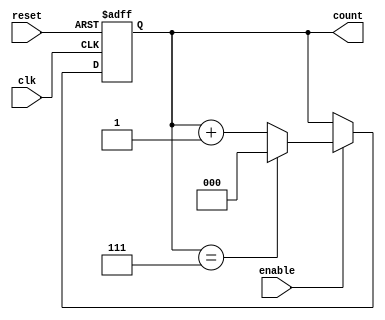
module binary_up_counter #(
    parameter N = 3  // Number of bits for the counter
)(
    input wire clk,          // Clock signal
    input wire reset,        // Asynchronous reset signal
    input wire enable,       // Enable signal
    output reg [N-1:0] count // Binary count output
);

// Always block triggered by the clock
always @(posedge clk or posedge reset) begin
    if (reset) begin
        // Asynchronous reset: set count to 0
        count <= 0;
    end else if (enable) begin
        // Increment the counter and wrap around if needed
        if (count == (1 << N) - 1) begin
            count <= 0; // Wrap around
        end else begin
            count <= count + 1; // Increment
        end
    end
    // If enable is low, the counter holds its value (do nothing)
end

endmodule